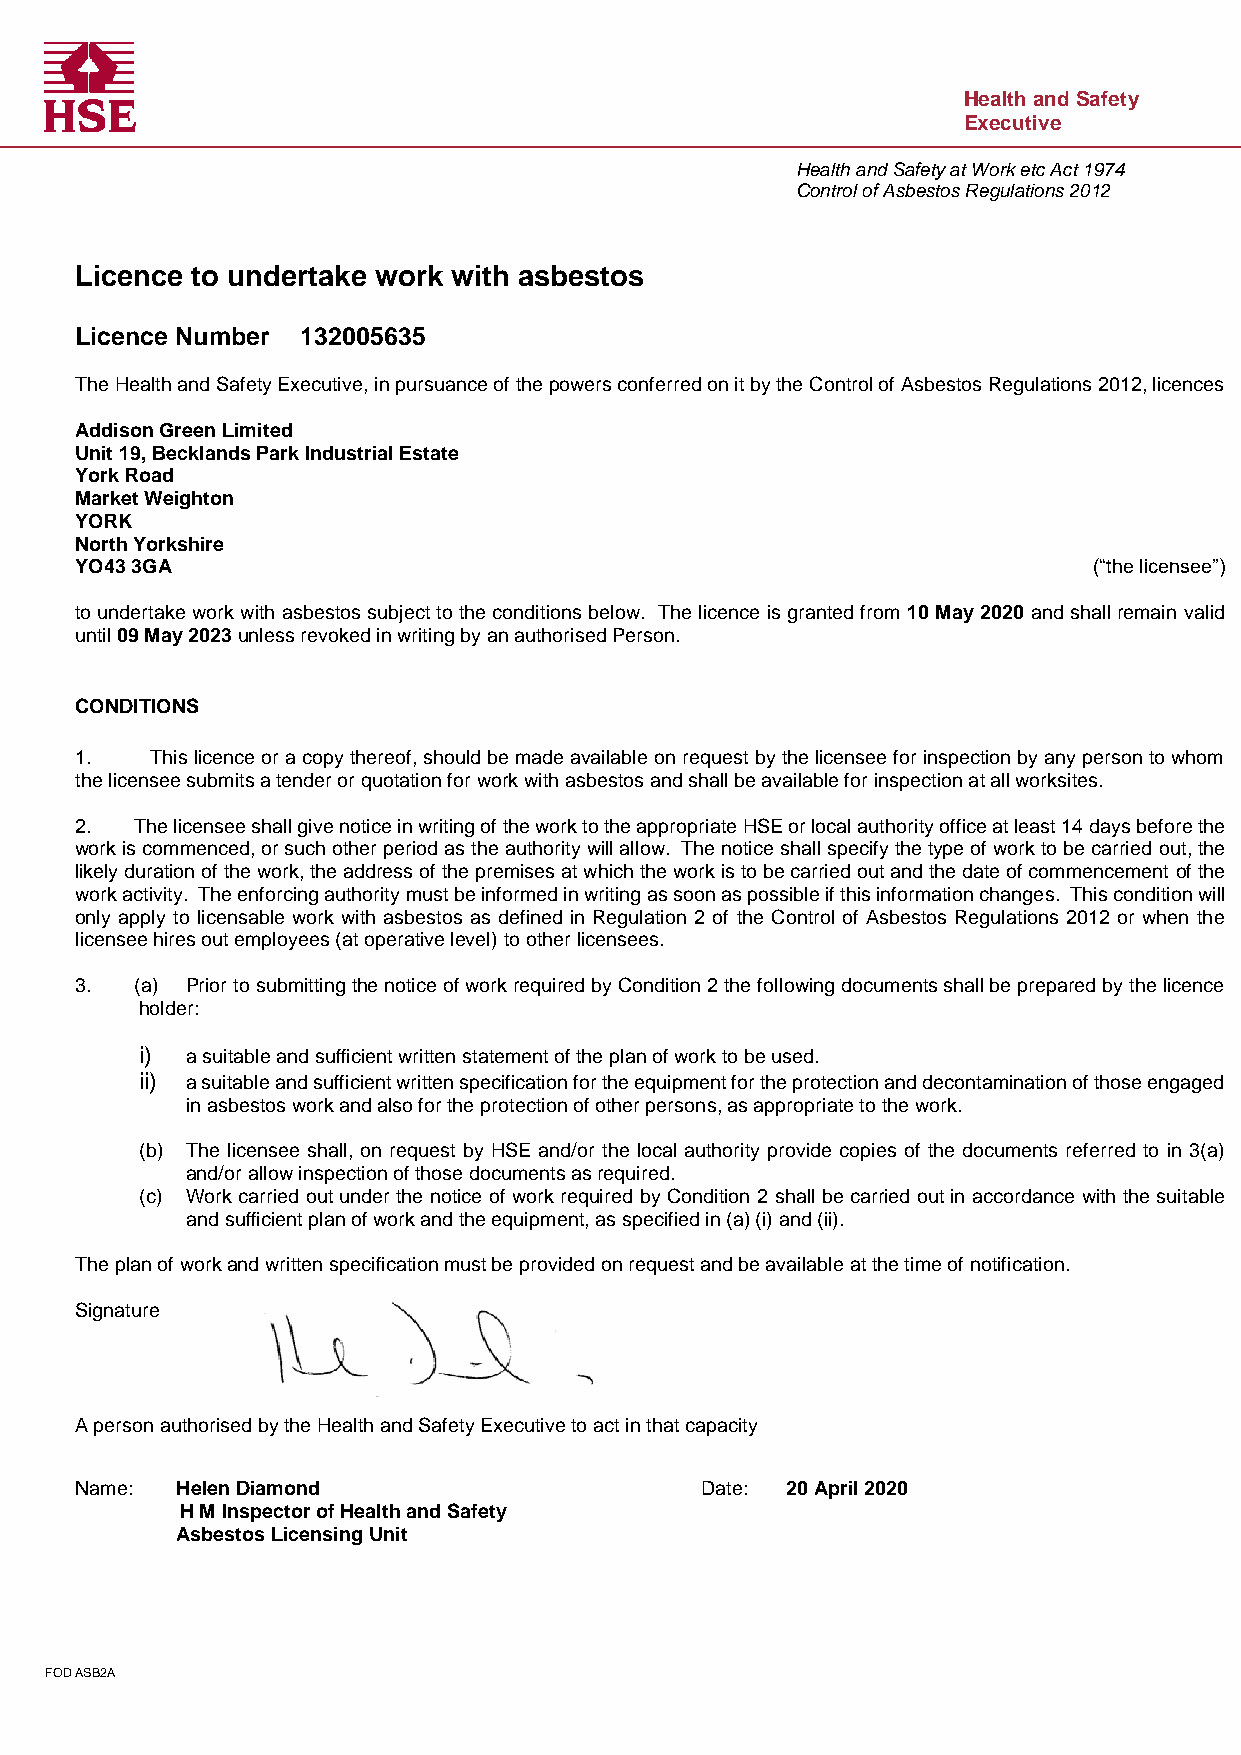
Health and Safety
 Executive
 Health and Safety at Work etc Act 1974
 Control of Asbestos Regulations 2012
 Licence to undertake work with asbestos
 Licence Number 132005635
 The Health and Safety Executive, in pursuance of the powers conferred on it by the Control of Asbestos Regulations 2012, licences
 Addison Green Limited
 Unit 19, Becklands Park Industrial Estate
 York Road
 Market Weighton
 YORK
 North Yorkshire
 YO43 3GA                                                           (“the licensee”)
 to undertake work with asbestos subject to the conditions below. The licence is granted from 10 May 2020 and shall remain valid
 until 09 May 2023 unless revoked in writing by an authorised Person.
 CONDITIONS
 1.   This licence or a copy thereof, should be made available on request by the licensee for inspection by any person to whom
 the licensee submits a tender or quotation for work with asbestos and shall be available for inspection at all worksites.
 2.  The licensee shall give notice in writing of the work to the appropriate HSE or local authority office at least 14 days before the
 work is commenced, or such other period as the authority will allow. The notice shall specify the type of work to be carried out, the
 likely duration of the work, the address of the premises at which the work is to be carried out and the date of commencement of the
 work activity. The enforcing authority must be informed in writing as soon as possible if this information changes. This condition will
 only apply to licensable work with asbestos as defined in Regulation 2 of the Control of Asbestos Regulations 2012 or when the
 licensee hires out employees (at operative level) to other licensees.
 3.  (a) Prior to submitting the notice of work required by Condition 2 the following documents shall be prepared by the licence
 holder:
 i) a suitable and sufficient written statement of the plan of work to be used.
 ii) a suitable and sufficient written specification for the equipment for the protection and decontamination of those engaged
 in asbestos work and also for the protection of other persons, as appropriate to the work.
 (b) The licensee shall, on request by HSE and/or the local authority provide copies of the documents referred to in 3(a)
 and/or allow inspection of those documents as required.
 (c) Work carried out under the notice of work required by Condition 2 shall be carried out in accordance with the suitable
 and sufficient plan of work and the equipment, as specified in (a) (i) and (ii).
 The plan of work and written specification must be provided on request and be available at the time of notification.
 Signature
 A person authorised by the Health and Safety Executive to act in that capacity
 Name:  Helen Diamond                     Date: 20 April 2020
 H M Inspector of Health and Safety
 Asbestos Licensing Unit
 FOD ASB2A